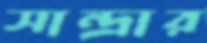
সান্দ্রার